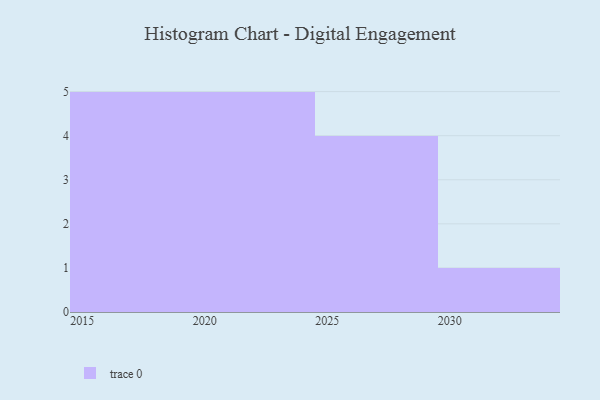
{"axis": {"x": "Year", "y": "Satisfaction Score"}, "legend": [""], "data": [{"x": "2017", "y": 56, "type": ""}, {"x": "2027", "y": 26, "type": ""}, {"x": "2016", "y": 12, "type": ""}, {"x": "2015", "y": 21, "type": ""}, {"x": "2018", "y": 76, "type": ""}, {"x": "2021", "y": 48, "type": ""}, {"x": "2019", "y": 99, "type": ""}, {"x": "2023", "y": 36, "type": ""}, {"x": "2024", "y": 92, "type": ""}, {"x": "2029", "y": 37, "type": ""}, {"x": "2022", "y": 22, "type": ""}, {"x": "2028", "y": 71, "type": ""}, {"x": "2020", "y": 61, "type": ""}, {"x": "2025", "y": 57, "type": ""}, {"x": "2030", "y": 23, "type": ""}]}